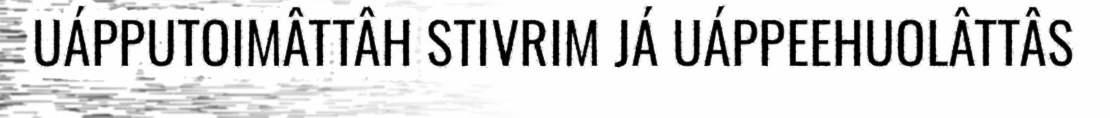
UÁPPUTOIMÂTTÂH STIVRIM JÁ UÁPPEEHUOLÂTTÂS